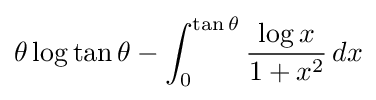
\theta \log \tan \theta -\int _{0}^{\tan \theta }{\frac {\log x}{1+x^{2}}}\,dx